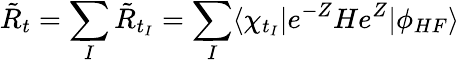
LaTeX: \tilde{R}_{t}=\sum_{I}\tilde{R}_{t_{I}}=\sum_{I}\langle\chi_{t_{I}}|e^{-Z}He^{Z}|\phi_{HF}\rangle